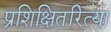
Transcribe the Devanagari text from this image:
प्रशिक्षितरित्या